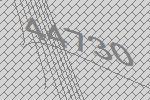
44730